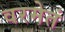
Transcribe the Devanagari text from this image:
वरमेतं